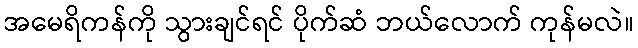
အမေရိကန်ကို သွားချင်ရင် ပိုက်ဆံ ဘယ်လောက် ကုန်မလဲ။